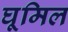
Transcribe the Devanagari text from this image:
घूमिल